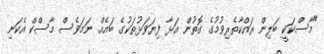
"މާސްކަކީ ބަލިން ރައްކާތެރިވުމުގެ ގޮތުން އަޅާ ފިޔަވަޅުތަކުގެ ބައެއް. ނަމަވެސް މާސްކް އެކަނި